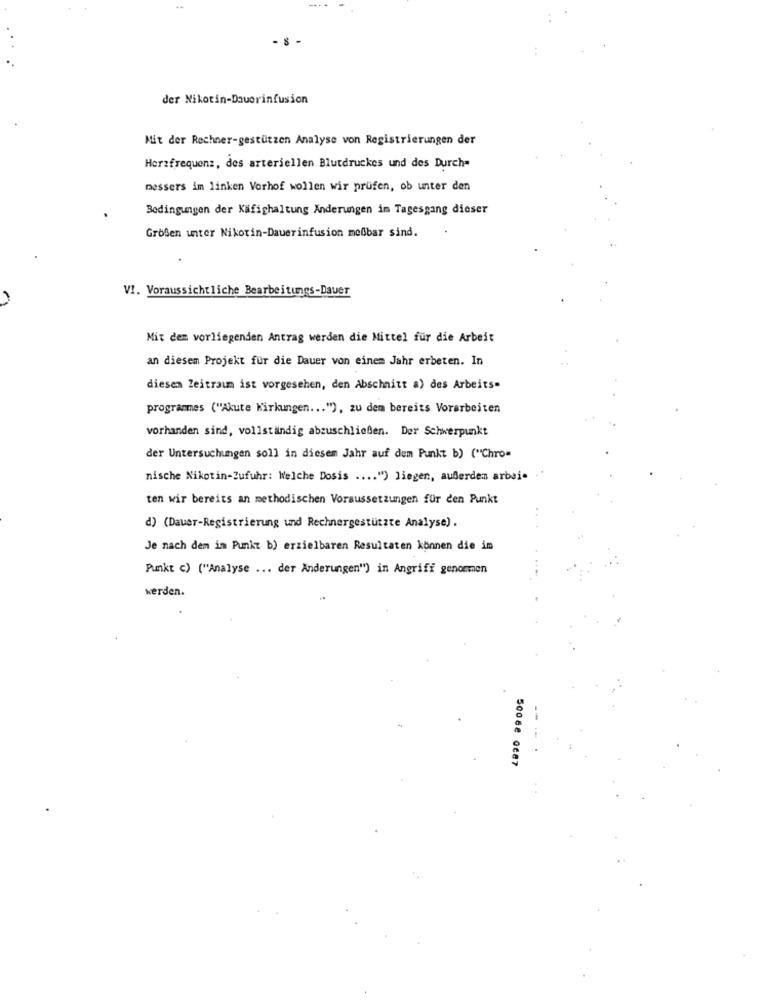
der Nikotin-Dauerinfusion
Mit der Rechner-gestützen Analyse von Registrierungen der
Herzfrequenz, des arteriellen Blutdruckes und des Durch"
messers im linken Vorhof wollen wir prüfen, ob unter den
Bedingungen der Käfighaltung Änderungen im Tagesgang dieser
Großen unter Nikotin-Dauerinfusion meßbar sind.
VI. Voraussichtliche Bearbeitungs-Dauer
Mit dem vorliegenden Antrag werden die Mittel für die Arbeit
an diesem Projekt für die Dauer von einem Jahr erbeten. In
diesem Zeitraum ist vorgesehen, den Abschnitt a) des Arbeits=
programmes ("Akute Wirkungen ... "), zu dem bereits Vorarbeiten
vorhanden sind, vollständig abzuschließen. Der Schwerpunkt
der Untersuchungen soll in diesem Jahr auf dem Punkt b) ("Chro=
nische Nikotin-Zufuhr: Welche Dosis .... ") liegen, außerdem arbei. . '
ten wir bereits an methodischen Voraussetzungen für den Punkt
d) (Dauer-Registrierung und Rechnergestützte Analyse).
Je nach dem im Punkt b) erzielbaren Resultaten können die im
Punkt c) ("Analyse ... der Änderungen") in Angriff genommen
werden.
50062 0687